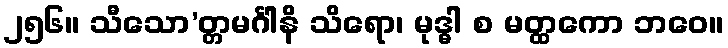
၂၅၆။ သီသော’တ္တမင်္ဂါနိ သိရော၊ မုဒ္ဓါ စ မတ္ထကော ဘဝေ။